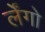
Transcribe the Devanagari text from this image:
र्लेंगो